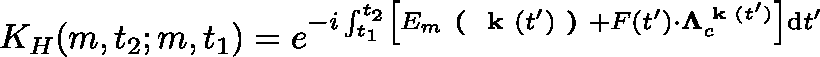
K _ { H } ( m , t _ { 2 } ; m , t _ { 1 } ) = e ^ { - i \int _ { t _ { 1 } } ^ { t _ { 2 } } \left[ E _ { m } \textbf { ( } \textbf { k } ( t ^ { \prime } ) \textbf { ) } + F ( t ^ { \prime } ) \cdot \mathbf { \Lambda } _ { c } ^ { \textbf { k } ( t ^ { \prime } ) } \right] \mathrm { d } t ^ { \prime } }